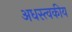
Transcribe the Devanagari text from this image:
अधस्त्वकीय